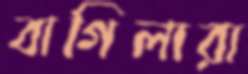
বাগিলারা